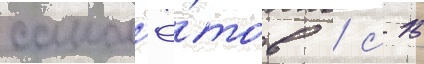
самол'ё́тов / с 15